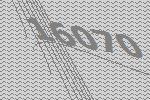
16070